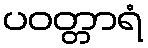
ပဝတ္တာရံ